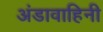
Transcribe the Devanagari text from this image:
अंडावाहिनी